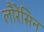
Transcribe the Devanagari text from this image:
लौरेंसिन